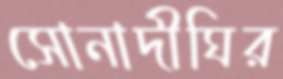
সোনাদীঘির